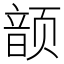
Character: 𮸷